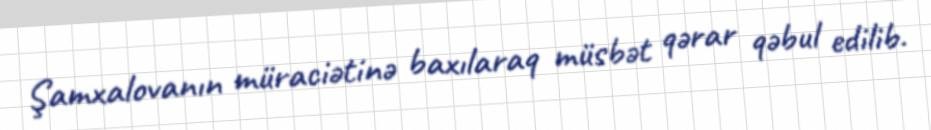
Şamxalovanın müraciətinə baxılaraq müsbət qərar qəbul edilib.